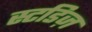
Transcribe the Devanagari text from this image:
स्टडिज़